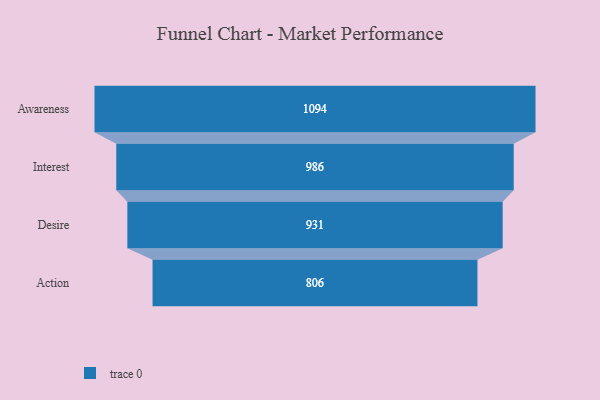
{"axis": {"x": "Stage", "y": "Value"}, "legend": [""], "data": [{"x": "Awareness", "y": 1094.0, "type": ""}, {"x": "Interest", "y": 986.0, "type": ""}, {"x": "Desire", "y": 931.0, "type": ""}, {"x": "Action", "y": 806.0, "type": ""}]}